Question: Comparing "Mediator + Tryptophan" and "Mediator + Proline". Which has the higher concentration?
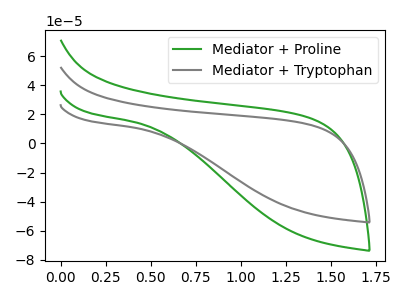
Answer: <think>The green curve "Mediator + Proline" has no peaks. The gray curve "Mediator + Tryptophan" has no peaks.
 Neither "Mediator + Tryptophan" or "Mediator + Proline" have any peaks.</think>
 <answer>I cant tell if "Mediator + Tryptophan" or "Mediator + Proline" has higher concentration.</answer>
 <eval>mixed_concentration</eval>